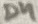
Text: D4